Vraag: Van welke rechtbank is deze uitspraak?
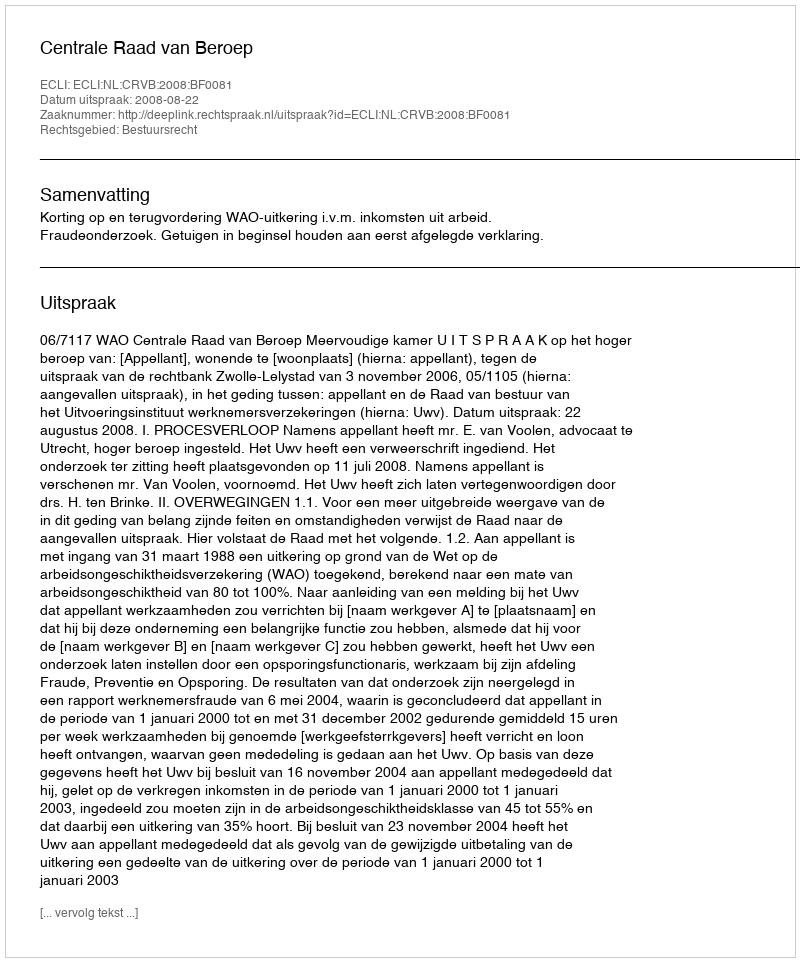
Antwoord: Centrale Raad van Beroep